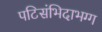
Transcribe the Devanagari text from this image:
पटिसंभिदाभग्ग